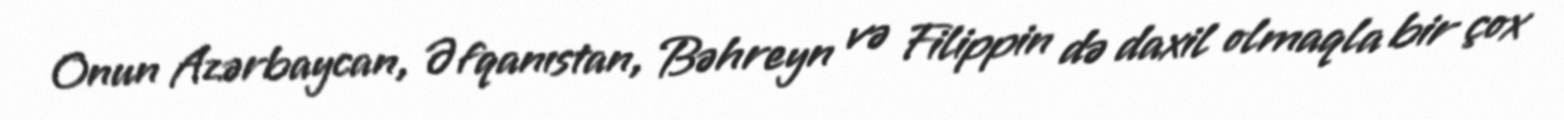
Onun Azərbaycan, Əfqanıstan, Bəhreyn və Filippin də daxil olmaqla bir çox